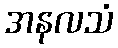
အနလသံ